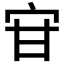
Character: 𭓣